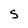
Character: s